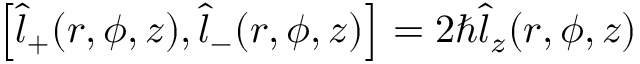
\begin{array} { r } { \left[ \hat { l } _ { + } ( r , \phi , z ) , \hat { l } _ { - } ( r , \phi , z ) \right] = 2 \hbar \hat { l } _ { z } ( r , \phi , z ) } \end{array}